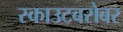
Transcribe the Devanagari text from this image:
स्काउटबरोबर